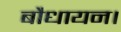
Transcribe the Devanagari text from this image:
बौधायन।